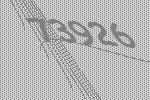
73926